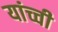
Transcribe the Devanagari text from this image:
यांच्ची